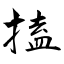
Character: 搕